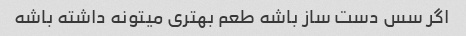
اگر سس دست ساز باشه طعم بهتری میتونه داشته باشه